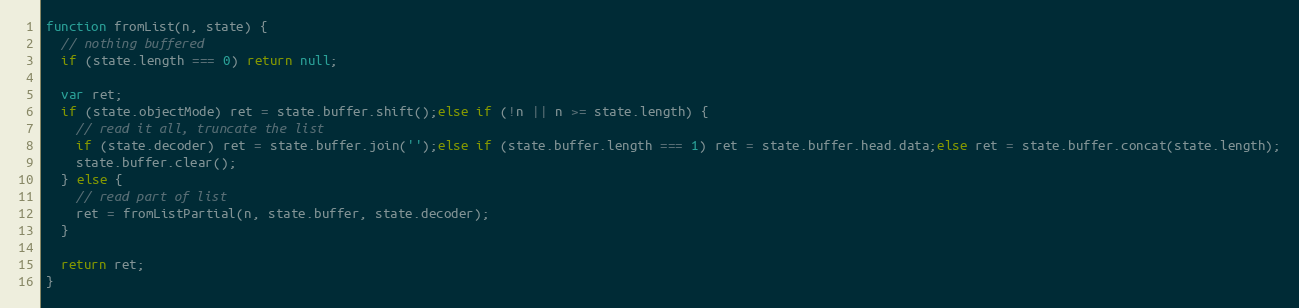
Language: JavaScript
function fromList(n, state) {
  // nothing buffered
  if (state.length === 0) return null;

  var ret;
  if (state.objectMode) ret = state.buffer.shift();else if (!n || n >= state.length) {
    // read it all, truncate the list
    if (state.decoder) ret = state.buffer.join('');else if (state.buffer.length === 1) ret = state.buffer.head.data;else ret = state.buffer.concat(state.length);
    state.buffer.clear();
  } else {
    // read part of list
    ret = fromListPartial(n, state.buffer, state.decoder);
  }

  return ret;
}